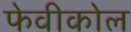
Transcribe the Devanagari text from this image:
फेवीकोल